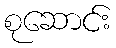
စုဆောင်း